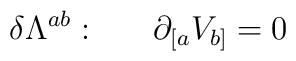
\delta\Lambda^{ab} :~~~~~\partial_{[a}V_{b]}=0